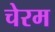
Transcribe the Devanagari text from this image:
चेरम